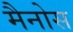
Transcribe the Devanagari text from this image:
मैनोस